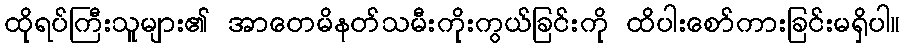
ထိုရပ်ကြီးသူများ၏ အာတေမိနတ်သမီးကိုးကွယ်ခြင်းကို ထိပါးစော်ကားခြင်းမရှိပါ။